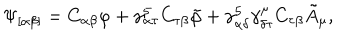
\Psi _ { [ \alpha \beta ] } = C _ { \alpha \beta } \varphi + \gamma _ { \alpha \tau } ^ { 5 } C _ { \tau \beta } \tilde { \varphi } + \gamma _ { \alpha \delta } ^ { 5 } \gamma _ { \delta \tau } ^ { \mu } C _ { \tau \beta } \tilde { A } _ { \mu } ,